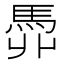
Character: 𩢓